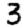
Digit: 3